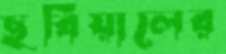
ছবিয়ালের